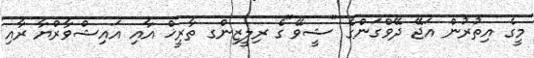
މީގެ އިތުރުން އަޖޭ ދޭވްގަންގެ "ޝީވޭ"ގެ ރިލީޒިންގ ތާރީޚް އާއި އައިޝްވާރްޔާ ރާއި